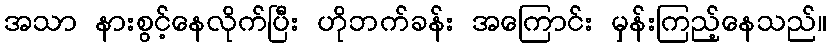
အသာ နားစွင့်နေလိုက်ပြီး ဟိုဘက်ခန်း အကြောင်း မှန်းကြည့်နေသည်။